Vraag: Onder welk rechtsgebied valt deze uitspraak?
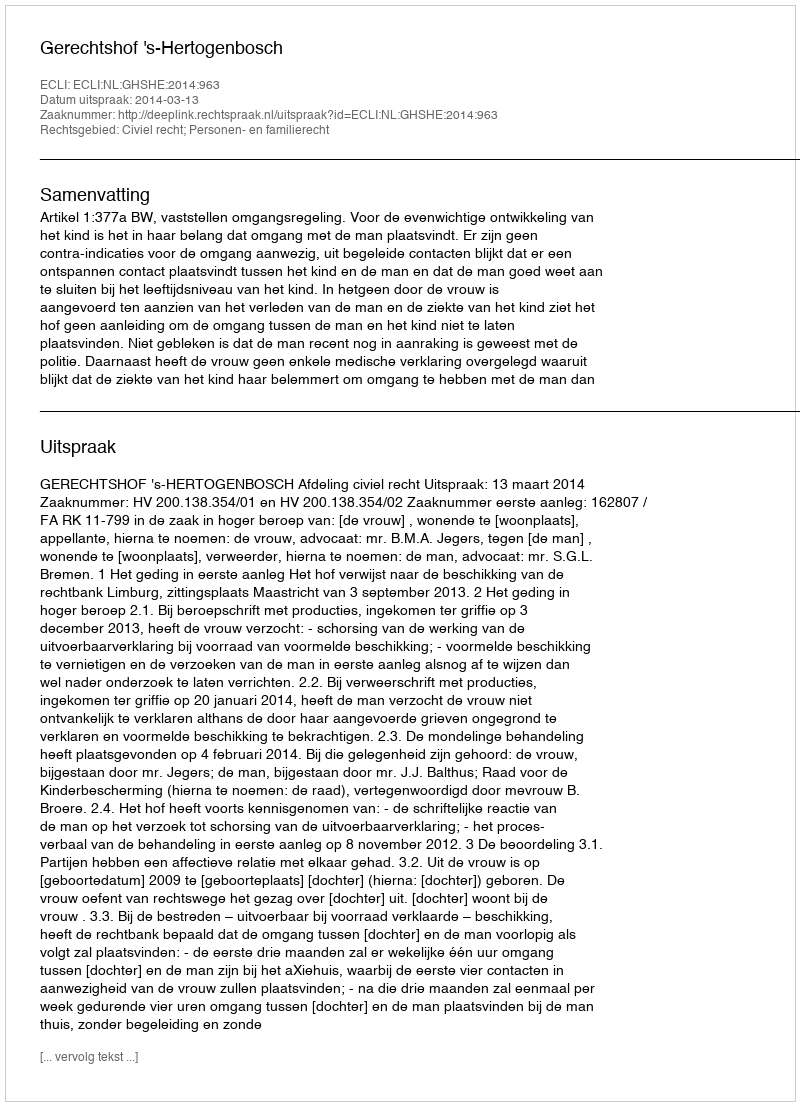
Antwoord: Civiel recht; Personen- en familierecht